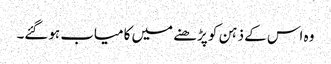
وہ اس کے ذہن کو پڑھنے میں کامیاب ہوگئے۔